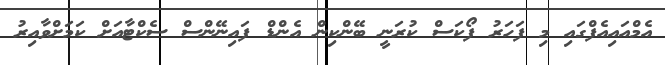
އެމްއައިއެފްގައި މި ފަހަރު ފޯކަސް ކުރަނީ ބޭންކިން އެންޑް ފައިނޭންސް ސެކްޓާއަށް ކަމަށްވާއިރު